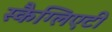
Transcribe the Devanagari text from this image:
स्कैग्लिएटी